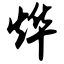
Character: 烨